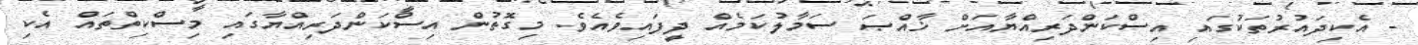
- އެކިދައުރުތަކުގައި އިސްކަންދަރިއްޔާއަށް ޚާއްޞަ ސަމާލުކަމެއް ދީފައިވެއެވެ. މިގޮތުން އިސްކަންދަރިއްޔާގައި މިސްކިތްތައް އެކި